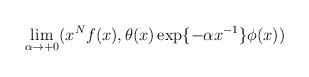
LaTeX: \begin{align*}\lim_{\alpha \rightarrow + 0} (x^{N}f(x),\theta (x)\exp \{ -\alpha x^{- 1}\} \phi (x))\end{align*}